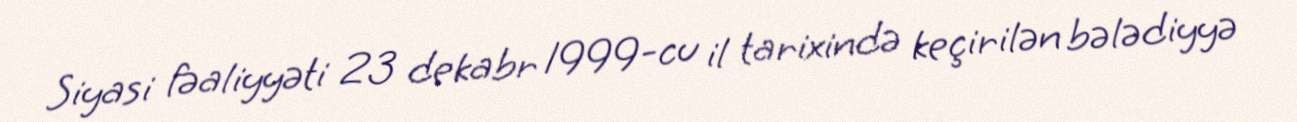
Siyasi fəaliyyəti 23 dekabr 1999-cu il tarixində keçirilən bələdiyyə